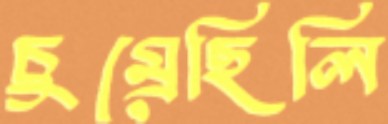
চুম্‌রেছিলি